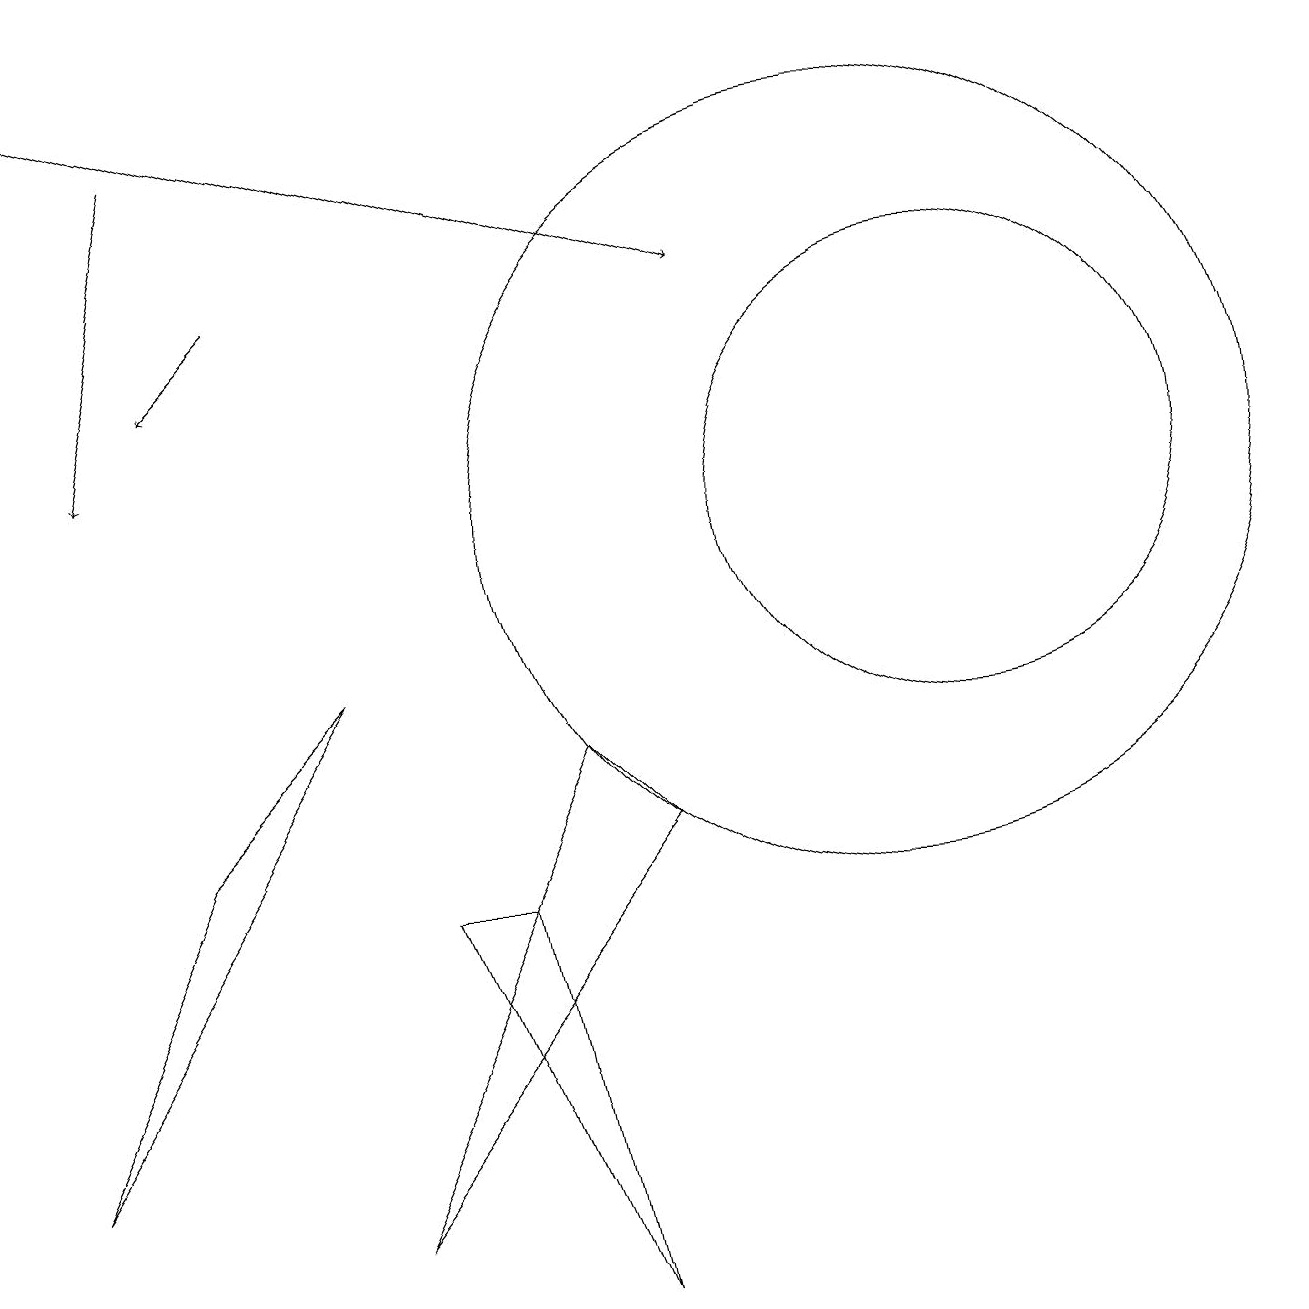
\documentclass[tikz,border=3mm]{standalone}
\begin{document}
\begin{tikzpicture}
\draw[->] (3,14) -- (2,13);
\draw (8,7) -- (4,2) -- (7,8) -- cycle;
\draw (4,9) -- (0,3) -- (2,7) -- cycle;
\draw (7,1) -- (6,6) -- (5,6) -- cycle;
\draw[->] (2,16) -- (1,12);
\draw (12,11) circle (3);
\draw[->] (0,17) -- (9,14);
\draw (11,11) circle (5);
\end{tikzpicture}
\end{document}